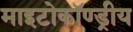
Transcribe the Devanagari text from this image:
माइटोकॉण्ड्रीय